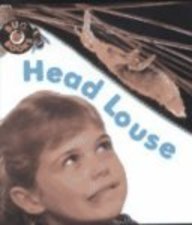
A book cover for Head Louse (Bug Books); Karen Hartley; Health, Fitness & Dieting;